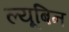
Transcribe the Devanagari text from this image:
ल्यूबिन